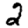
Digit: 2